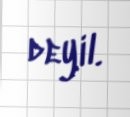
deyil.